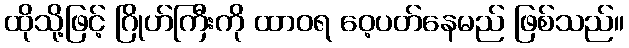
ထိုသို့ဖြင့် ဂြိုဟ်ကြီးကို ထာဝရ ဝေ့ပတ်နေမည် ဖြစ်သည်။